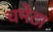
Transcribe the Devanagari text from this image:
चमेटा